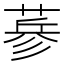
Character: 𦷇